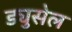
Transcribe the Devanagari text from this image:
ड्युसेल